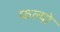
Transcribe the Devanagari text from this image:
फल्‍यो